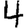
Digit: 4